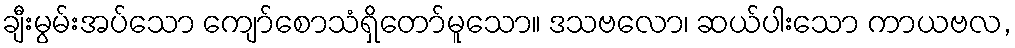
ချီးမွမ်းအပ်သော ကျော်စောသံရှိတော်မူသော။ ဒသဗလော၊ ဆယ်ပါးသော ကာယဗလ,